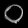
Digit: ၀